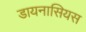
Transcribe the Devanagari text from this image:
डायनासियस